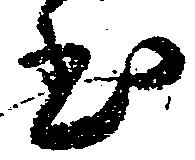
至